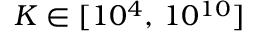
K \in [ 1 0 ^ { 4 } , \, 1 0 ^ { 1 0 } ]